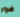
فرار